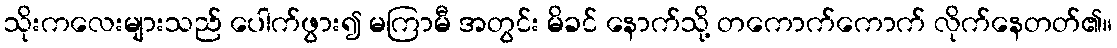
သိုးကလေးများသည် ပေါက်ဖွား၍ မကြာမီ အတွင်း မိခင် နောက်သို့ တကောက်ကောက် လိုက်နေတတ်၏။